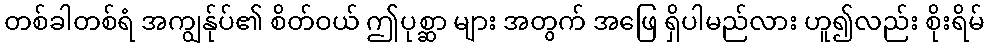
တစ်ခါတစ်ရံ အကျွန်ုပ်၏ စိတ်ဝယ် ဤပုစ္ဆာ များ အတွက် အဖြေ ရှိပါမည်လား ဟူ၍လည်း စိုးရိမ်